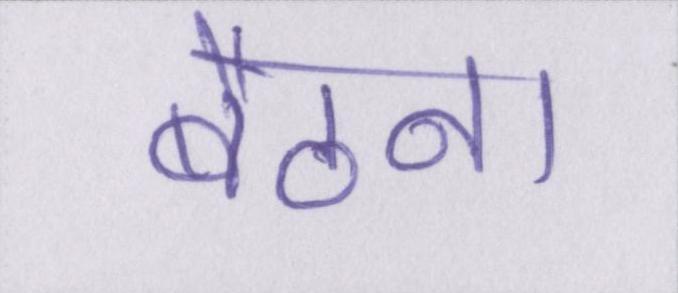
बैठना